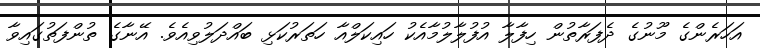
އަހަރެންގެ މޫނުގެ ދެފަރާތުން ހިފާލާ އުފުލާލުމާއެކު ހައިކަލްއާ ހަތަރުކަޅި ބައްދަލުވިއެވެ. އޭނާގެ ތުންފަތުގައިވާ